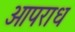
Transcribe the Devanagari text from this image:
आपराध